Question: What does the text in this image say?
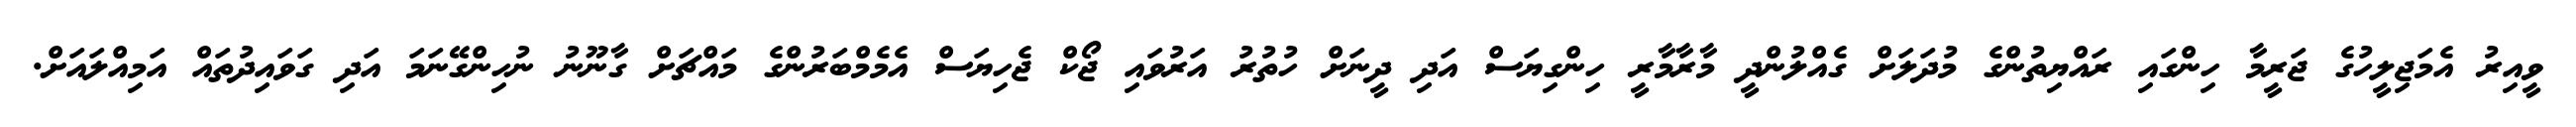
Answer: ވީއިރު އެމަޖިލީހުގެ ޖަރީމާ ހިންގައި ރައްޔިތުންގެ މުދަލަށް ގެއްލުންދީ މާރާމާރީ ހިންގިޔަސް އަދި ދީނަށް ހުތުރު އަރުވައި ޖޯކް ޖެހިޔަސް އެމެމްބަރުންގެ މައްޗަށް ގާނޫނު ނުހިންގޭނަމަ އަދި ގަވައިދުތައް އަމިއްލައަށް.